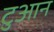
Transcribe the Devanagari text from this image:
टुआन